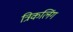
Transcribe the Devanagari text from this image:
त्रिकलिंग